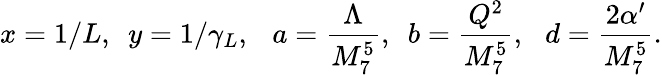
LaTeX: x=1/L,\, \, \, y=1/\gamma_{L},\, \, \, \ a=\frac{\Lambda}{M_{7}^{5}},\, \, \, b=\frac{Q^{2}}{M_{7}^{5}},\, \, \, \, d=\frac{2\alpha^{\prime}}{M_{7}^{5}}.